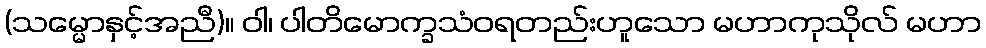
(သမ္မောနှင့်အညီ)။ ဝါ၊ ပါတိမောက္ခသံဝရတည်းဟူသော မဟာကုသိုလ် မဟာ